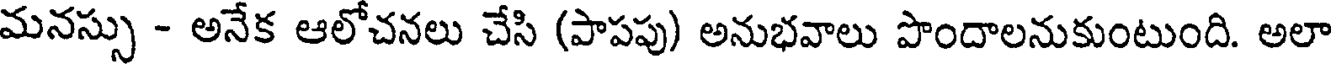
మనస్సు - అనేక ఆలోచనలు చేసి (పాపపు) అనుభవాలు పొందాలనుకుంటుంది. అలా